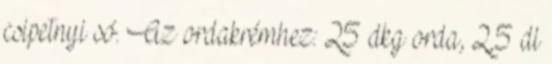
csipetnyi só. Az ordakrémhez: 25 dkg orda, 2,5 dl